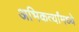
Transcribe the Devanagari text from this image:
अभिकर्त्यांमध्ये